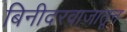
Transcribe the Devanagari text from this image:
बिनीदरवाजातून